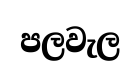
පලවැල